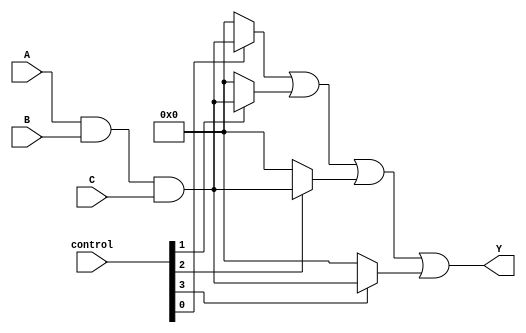
module programmable_logic_array (
    input wire [3:0] A,      // 4-bit input
    input wire [3:0] B,      // 4-bit input
    input wire [3:0] C,      // 4-bit input
    input wire [3:0] control, // Control signals for programmability
    output wire [3:0] Y      // 4-bit output
);

// Internal wires for product terms
wire [3:0] product_terms [0:3]; // 4 product terms from AND gates

// AND Plane
generate
    genvar i;
    for (i = 0; i < 4; i = i + 1) begin : and_plane
        assign product_terms[i] = (control[i] == 1'b1) ? (A & B & C) : 4'b0000; // Example AND logic
    end
endgenerate

// OR Plane
wire [3:0] or_output; // Output from OR gates
assign or_output = product_terms[0] | product_terms[1] | product_terms[2] | product_terms[3];

// Final Output
assign Y = or_output;

endmodule